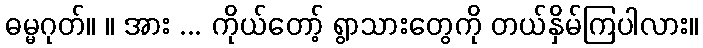
ဓမ္မဂုတ်။ ။ အား ... ကိုယ်တော့် ရွာသားတွေကို တယ်နှိမ်ကြပါလား။